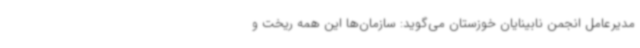
مدیرعامل انجمن نابینایان خوزستان می‌گوید: سازمان‌ها این همه ریخت و